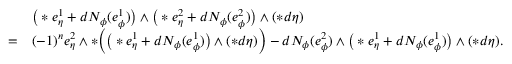
\begin{array} { r l } & { \big ( \ast e _ { \eta } ^ { 1 } + d N _ { \phi } ( e _ { \phi } ^ { 1 } ) \big ) \wedge \big ( \ast e _ { \eta } ^ { 2 } + d N _ { \phi } ( e _ { \phi } ^ { 2 } ) \big ) \wedge ( \ast d \eta ) } \\ { = } & { ( - 1 ) ^ { n } e _ { \eta } ^ { 2 } \wedge \ast \Big ( \big ( \ast e _ { \eta } ^ { 1 } + d N _ { \phi } ( e _ { \phi } ^ { 1 } ) \big ) \wedge ( \ast d \eta ) \Big ) - d N _ { \phi } ( e _ { \phi } ^ { 2 } ) \wedge \big ( \ast e _ { \eta } ^ { 1 } + d N _ { \phi } ( e _ { \phi } ^ { 1 } ) \big ) \wedge ( \ast d \eta ) . } \end{array}